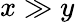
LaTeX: x\gg y